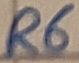
Text: R6